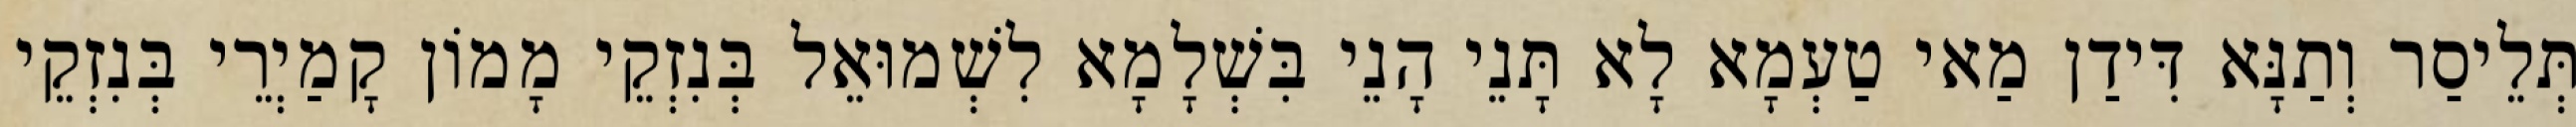
תְּלֵיסַר וְתַנָּא דִּידַן מַאי טַעְמָא לָא תָּנֵי הָנֵי בִּשְׁלָמָא לִשְׁמוּאֵל בְּנִזְקֵי מָמוֹן קָמַיְרֵי בְּנִזְקֵי